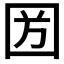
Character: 𡇏